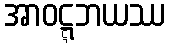
အာဝဋ္ဋဘယဿ